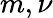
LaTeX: m,\nu